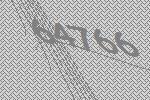
64766